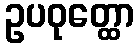
ဥပဝုတ္ထော